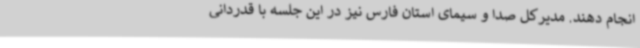
انجام دهند. مدیرکل صدا و سیمای استان فارس نیز در این جلسه با قدردانی